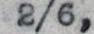
2/6,